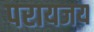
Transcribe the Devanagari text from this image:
परायजय